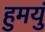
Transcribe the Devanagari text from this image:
हुमयुं